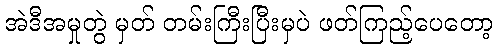
အဲဒီအမှုတွဲ မှတ် တမ်းကြီးပြီးမှပဲ ဖတ်ကြည့်ပေတော့